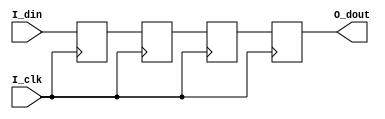
module dly #(
parameter 
    C_DATA_WIDTH            = 8         , 
    C_DLY_NUM               = 4         
)(
// clk
input                               I_clk           ,
input       [      C_DATA_WIDTH-1:0]I_din           ,
output      [      C_DATA_WIDTH-1:0]O_dout          
);

//localparam   C_NCH_GROUP      = C_CNV_CH_WIDTH - C_POWER_OF_1ADOTS + 1  ;

reg  [      C_DATA_WIDTH-1:0]S_dly[0:C_DLY_NUM]     ;


generate
    begin
        if(C_DLY_NUM == 0)begin:dly_num_equal_0
            assign O_dout = I_din               ;
        end
        else begin:dly_num_more_0
            always @(posedge I_clk)begin
                S_dly[0]    <=  I_din               ;
            end
            genvar idx;
            for(idx=0;idx<C_DLY_NUM-1;idx=idx+1)begin
                always @(posedge I_clk)begin
                    S_dly[idx+1] <= S_dly[idx]      ;
                end
            end
            assign O_dout = S_dly[C_DLY_NUM-1]; 
        end
    end
endgenerate

////////////////////////////////////////////////////////////////////////////////////////////////////
// Naming specification                                                                         
// (1) w+"xxx" name type , means write clock domain                                             
//        such as wrst,wclk,winc,wdata, wptr, waddr,wfull, and so on                            
////////////////////////////////////////////////////////////////////////////////////////////////////

////////////////////////////////////////////////////////////////////////////////////////////////////
//                                                                                                
//    __    __    __    __    __    __    __    __    __    __    __    __    __    __    __    __
// __|  |__|  |__|  |__|  |__|  |__|  |__|  |__|  |__|  |__|  |__|  |__|  |__|  |__|  |__|  |__|  
//                                                                                                
//                                                                                                
////////////////////////////////////////////////////////////////////////////////////////////////////

endmodule